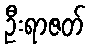
ဦးရာဇတ်